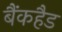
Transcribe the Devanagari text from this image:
बैंकहैड